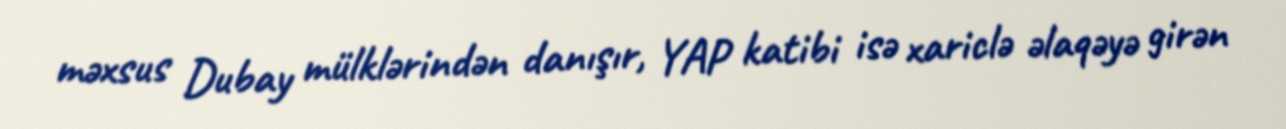
məxsus Dubay mülklərindən danışır, YAP katibi isə xariclə əlaqəyə girən